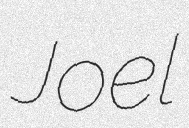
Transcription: Joel